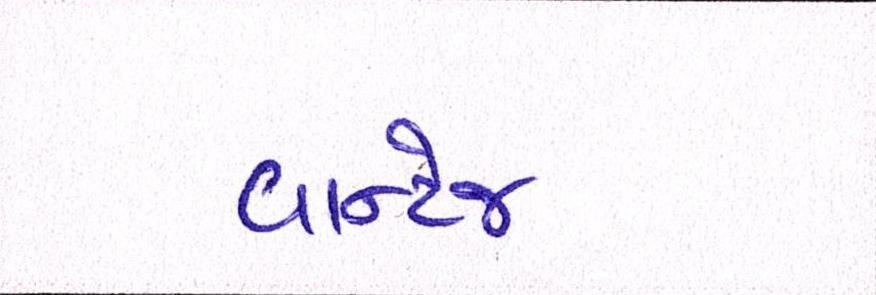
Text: વાન્ટેજ